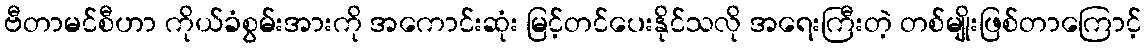
ဗီတာမင်စီဟာ ကိုယ်ခံစွမ်းအားကို အကောင်းဆုံး မြင့်တင်ပေးနိုင်သလို အရေးကြီးတဲ့ တစ်မျိုးဖြစ်တာကြောင့်